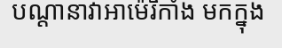
បណ្តានាវាអាម៉េរិកាំង មកក្នុង